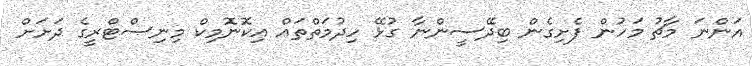
އަންނަ މާޗު މަހުން ފެށިގެން ބިދޭސީންނާ ގުޅޭ ހިދުމަތްތައް އިކޮނޮމިކް މިނިސްޓްރީގެ ދަށަށް